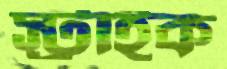
স্ট্রাইক